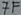
Text: 7F